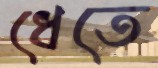
ধেতে